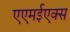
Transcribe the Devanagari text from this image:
एएमईएक्स